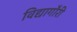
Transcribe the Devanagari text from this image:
विद्यागौरी